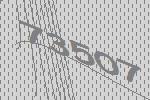
73507